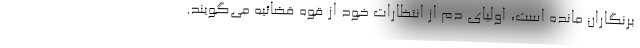
برنگاران مانده است، اولیای دم از انتظارات خود از قوه قضائیه می‌گویند.